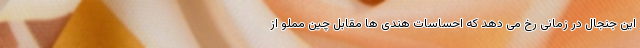
این جنجال در زمانی رخ می دهد که احساسات هندی ها مقابل چین مملو از